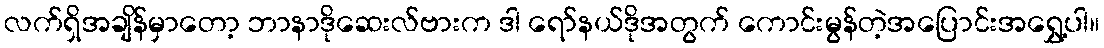
လက်ရှိအချိန်မှာတော့ ဘာနာဒိုဆေးလ်ဗားက ဒါ ရော်နယ်ဒိုအတွက် ကောင်းမွန်တဲ့အပြောင်းအရွှေ့ပါ။